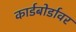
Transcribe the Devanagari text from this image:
कार्डबोर्डावर